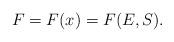
LaTeX: \begin{align*}F=F(x)=F(E,S).\end{align*}